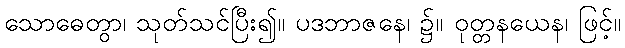
သောဓေတွာ၊ သုတ်သင်ပြီး၍။ ပဒဘာဇနေ၊ ၌။ ဝုတ္တနယေန၊ ဖြင့်။